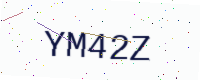
Text: YM42Z